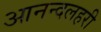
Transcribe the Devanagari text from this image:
आनन्दलहरी